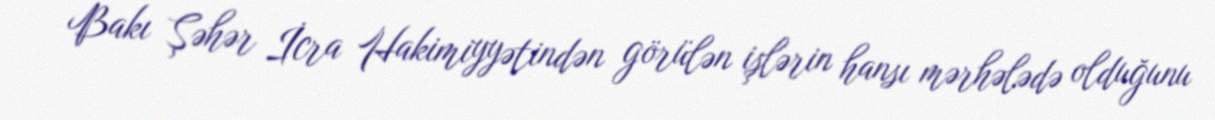
Bakı Şəhər İcra Hakimiyyətindən görülən işlərin hansı mərhələdə olduğunu